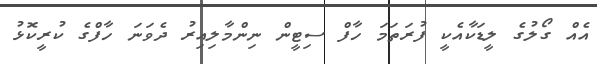
އެއް ގޯލުގެ ލީޑަކާއެކީ ފުރަތަމަ ހާފް ސިޓީން ނިންމާލިއިރު ދެވަނަ ހާފްގެ ކުރީކޮޅު